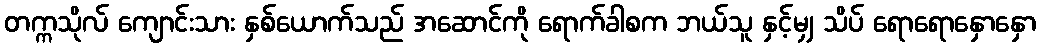
တက္ကသိုလ် ကျောင်းသား နှစ်ယောက်သည် အဆောင်ကို ရောက်ခါစက ဘယ်သူ နှင့်မျှ သိပ် ရောရောနှောနှော